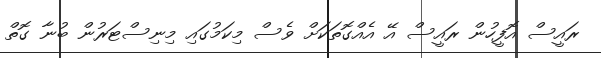
ރައީސް އޮފީހުން ރައީސް އޭ އެއްގޮތަކަށް ވެސް މިކަމުގައި މިނިސްޓަރުން ބުނާ ގޮތް